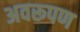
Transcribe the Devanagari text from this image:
अवरूपण